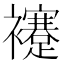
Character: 䙭